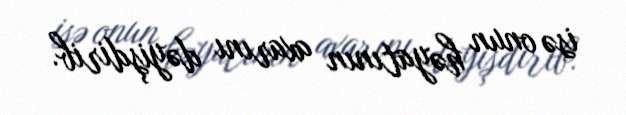
isə onun həyatının axarını dəyişdirib.